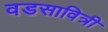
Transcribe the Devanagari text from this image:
वडसावित्री